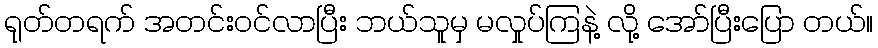
ရုတ်တရက် အတင်းဝင်လာပြီး ဘယ်သူမှ မလှုပ်ကြနဲ့ လို့ အော်ပြီးပြော တယ်။